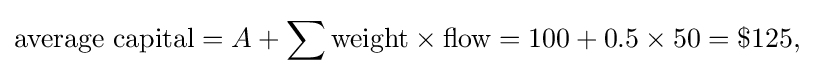
{\text{average capital}}=A+\sum {\text{weight}}\times {\text{flow}}=100+0.5\times 50=\$125{\text{,}}